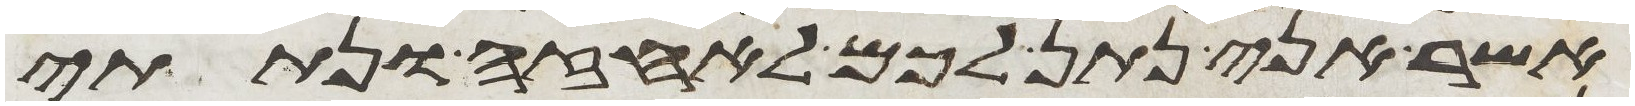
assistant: אשר אני נתן לכם לאחזה ונתתי